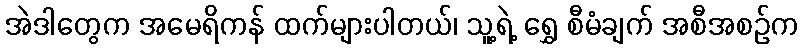
အဲဒါတွေက အမေရိကန် ထက်များပါတယ်၊ သူ့ရဲ့ ရွှေ စီမံချက် အစီအစဉ်က